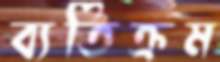
ব্যতিক্রম